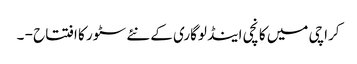
کراچی میں کانچی اینڈ لوگاری کے نئے سٹور کا افتتاح - ۔